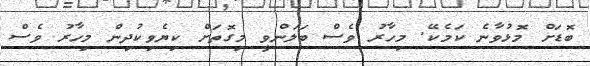
ބޮޑަށް މޮޅުވާނެ ކަމެކޭ. މިހާރު ވެސް ބަލަންވީ މިގޮތަށް ކިޔެވިކުދިން މިހާރު ވެސް